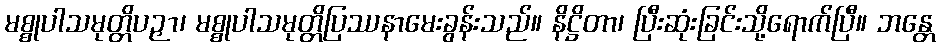
မစ္စုပါသမုတ္တိပဉှာ၊ မစ္စုပါသမုတ္တိပြဿနာမေးခွန်းသည်။ နိဋ္ဌိတာ၊ ပြီးဆုံးခြင်းသို့ရောက်ပြီ။ ဘန္တေ